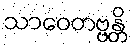
သာဝေတဗ္ဗန္တိ